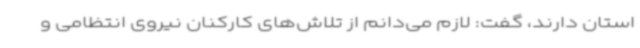
استان دارند، گفت: لازم می‌دانم از تلاش‌های کارکنان نیروی انتظامی و